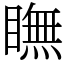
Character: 瞴